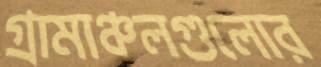
গ্রামাঞ্চলগুলোর